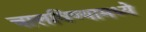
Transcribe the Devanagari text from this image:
चालविण्यामध्ये